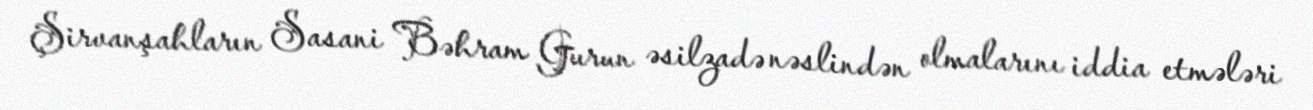
Şirvanşahların Sasani Bəhram Gurun əsilzadə nəslindən olmalarını iddia etmələri